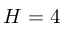
H = 4